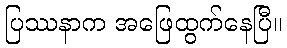
ပြဿနာက အဖြေထွက်နေပြီ။